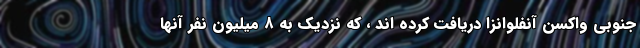
جنوبی واکسن آنفلوانزا دریافت کرده اند ، که نزدیک به ۸ میلیون نفر آنها